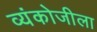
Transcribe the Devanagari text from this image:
व्यंकोजीला